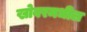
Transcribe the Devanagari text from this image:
खोबरमधील